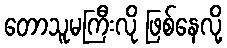
တောသူမကြီးလို ဖြစ်နေလို့